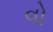
વો